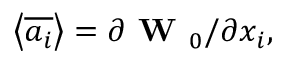
\left\langle \overline { { a _ { i } } } \right\rangle = \partial \textbf { W } _ { 0 } / \partial x _ { i } ,